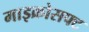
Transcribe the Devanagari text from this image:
माइक्रोसफ्ट